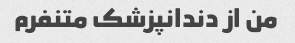
من از دندانپزشک متنفرم